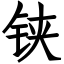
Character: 铗